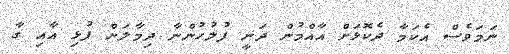
ނަމަވެސް އެކަމާ ދެކޮޅަށް އާއްމުން ދަނީ ފުލުހުންނާ ދިމާލަށް ފުޅި އާއި ގާ